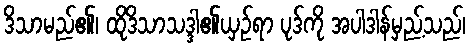
ဒိသာမည်၏၊ ထိုဒိသာသဒ္ဒါ၏ယှဉ်ရာ ပုဒ်ကို အပါဒါန်မှည့်သည်၊